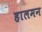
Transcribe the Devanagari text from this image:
हालमन